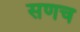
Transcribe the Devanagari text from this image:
सणच